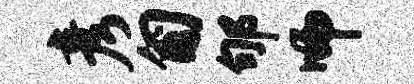
彦匍郇师